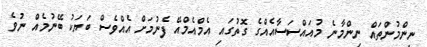
ނިންމުންތައް ނިންމާނެ މުއައްސަސާއެއްގެ ގޮތުގައި އެމްއެމްއޭ ފެނުމަށް އެއްވެސް ބަޔަކު ބޭނުމެއް ނުވެ